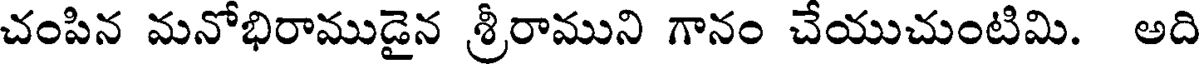
చంపిన మనోభిరాముడైన శ్రీరాముని గానం చేయుచుంటిమి. అది